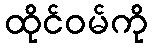
ထိုင်ဝမ်ကို